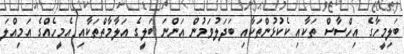
ބަލިމީހާގެ އިހްސާސް ތަކާއި ކެކުޅުންތަކާއި ބަދަލުވަމުން އަންނަ ބަލީގެ އަލާމާތްތަކާއި އެމީހެއްގެ އަމިއްލަ